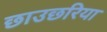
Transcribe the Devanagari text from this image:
छाउछरिया